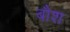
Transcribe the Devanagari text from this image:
बौश